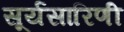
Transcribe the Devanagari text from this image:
सूर्यसारिणी